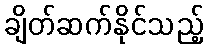
ချိတ်ဆက်နိုင်သည့်